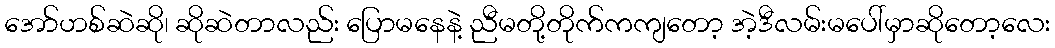
အော်ဟစ်ဆဲဆို၊ ဆိုဆဲတာလည်း ပြောမနေနဲ့ ညီမတို့တိုက်ကကျတော့ အဲ့ဒီလမ်းမပေါ်မှာဆိုတော့လေး